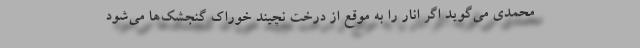
محمدی می‌گوید اگر انار را به موقع از درخت نچیند خوراک گنجشک‌ها می‌شود